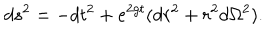
d s ^ { 2 } = - d t ^ { 2 } + e ^ { 2 g t } ( d r ^ { 2 } + r ^ { 2 } d \Omega ^ { 2 } ) .